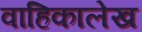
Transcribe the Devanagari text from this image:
वाहिकालेख